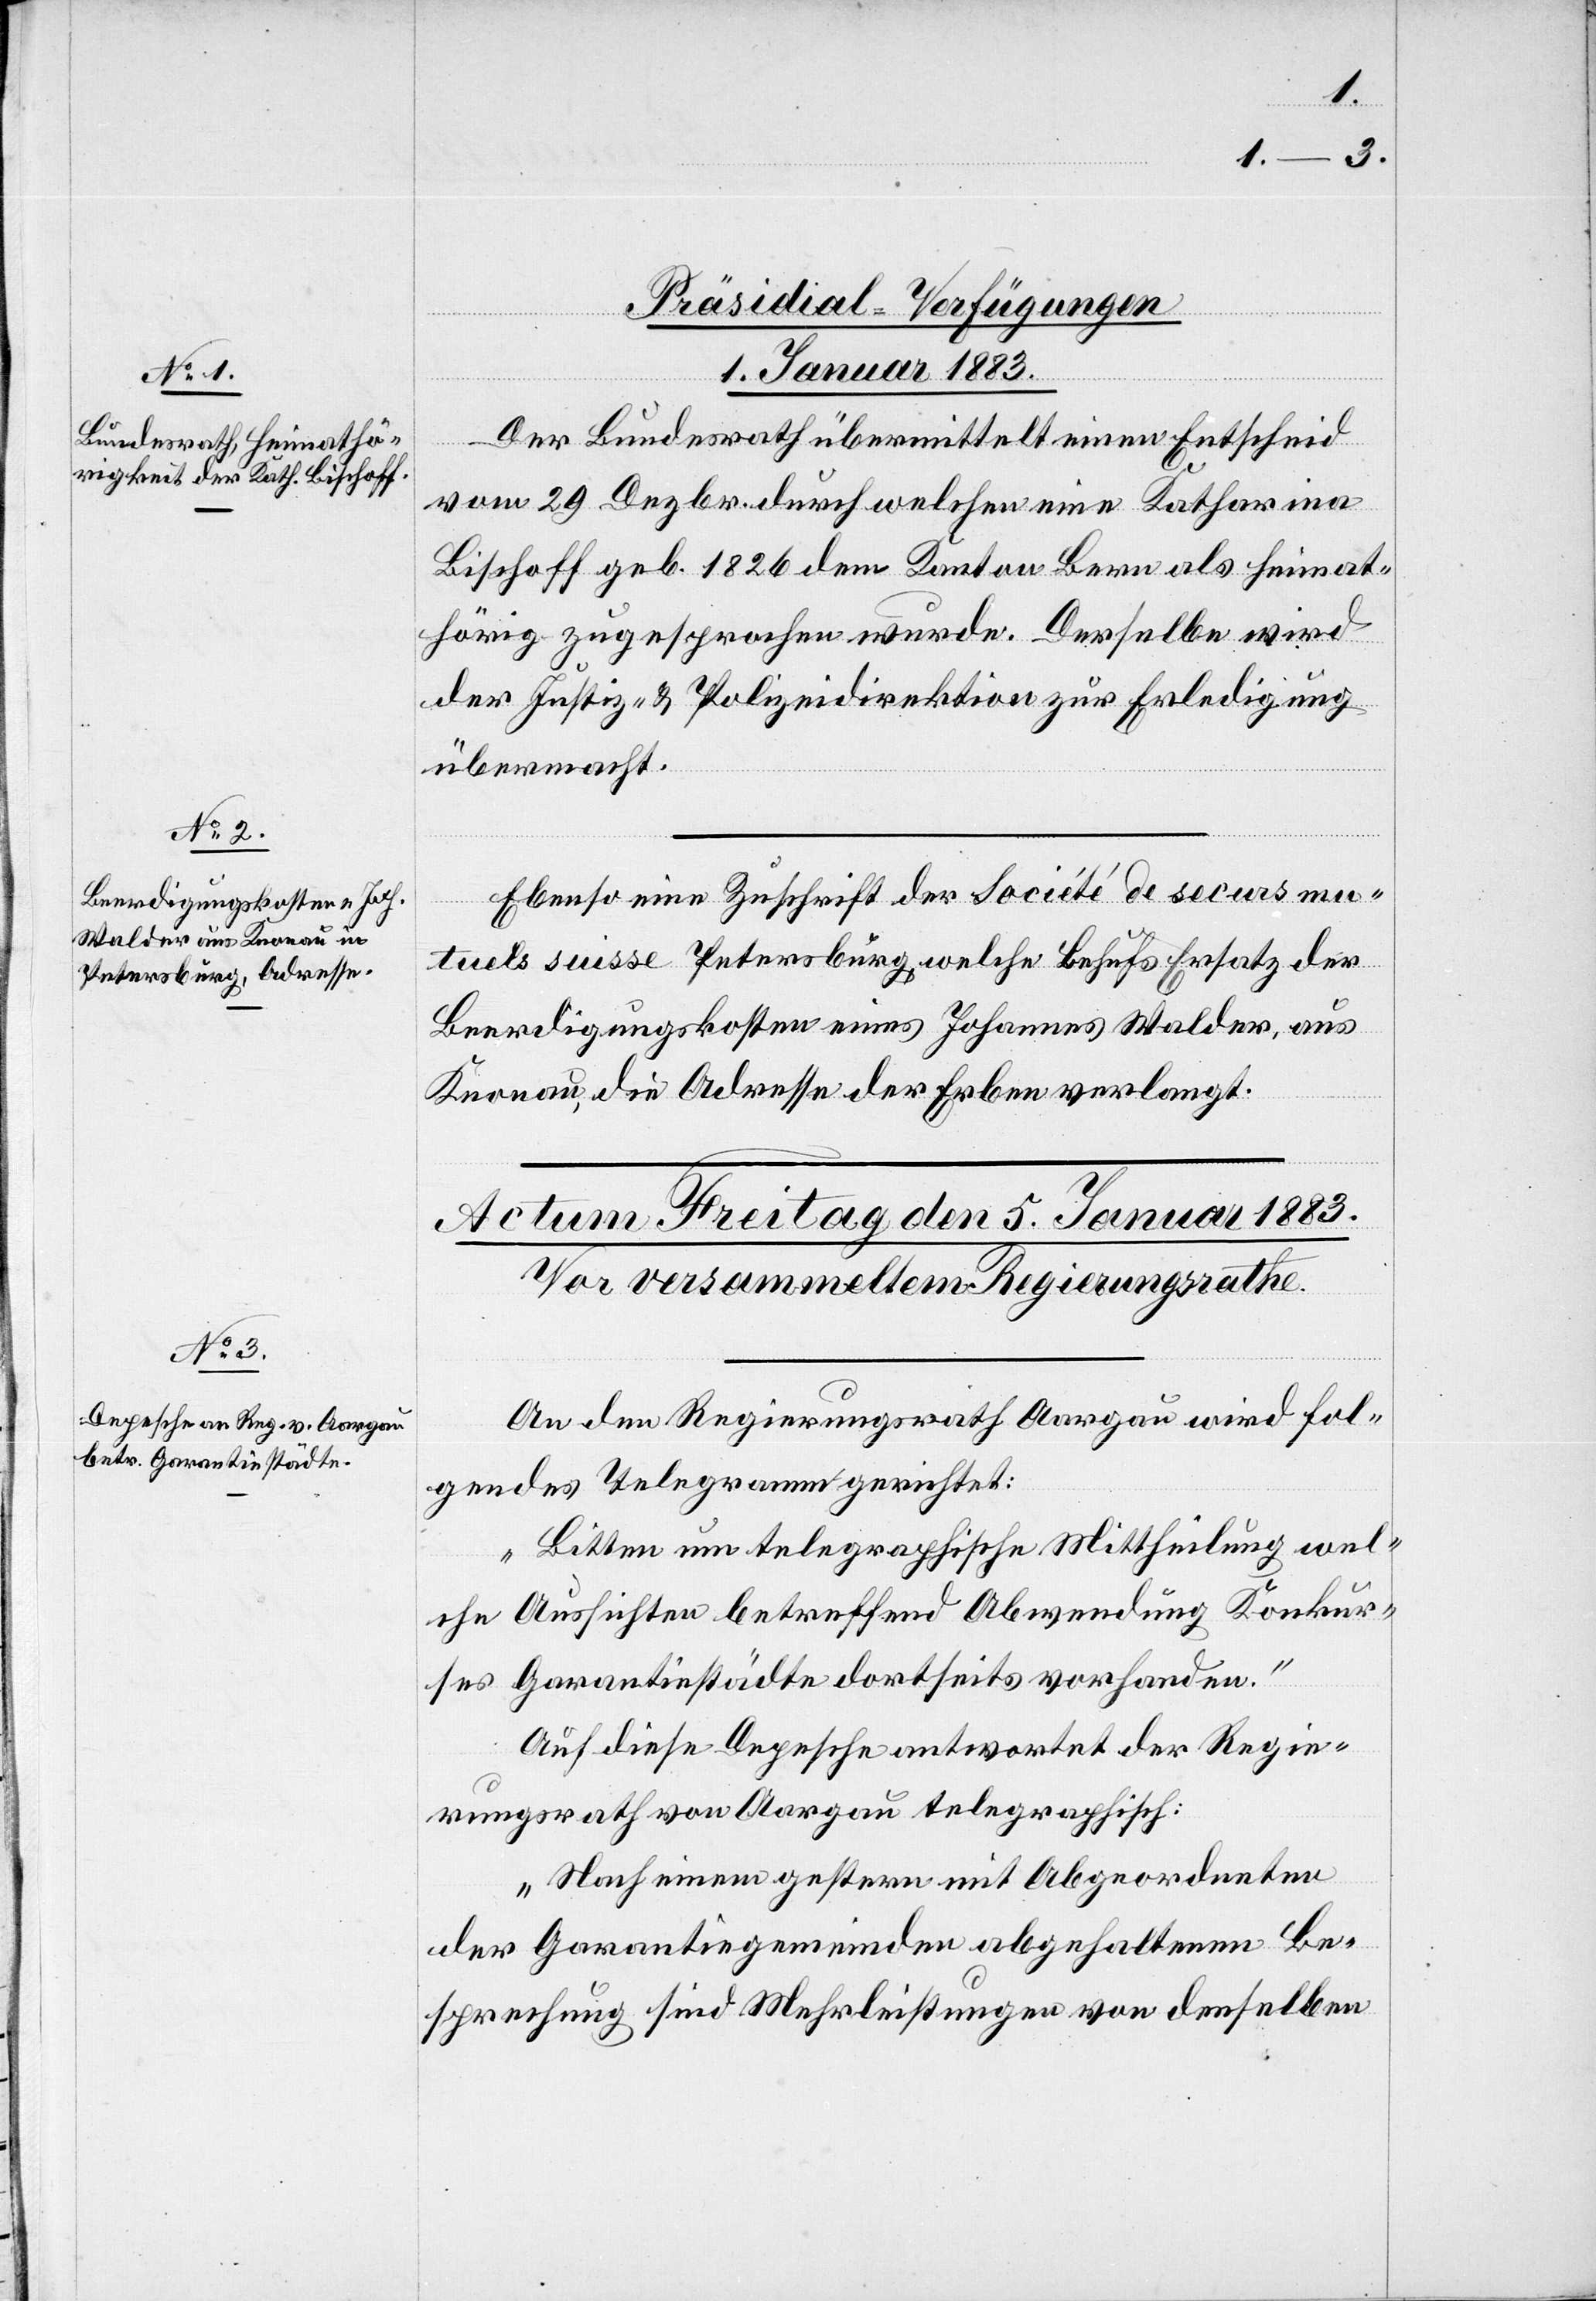
[Präsidial-Verfügungen
1. Januar 1883.]
Der Bundesrath übermittelt einen Entscheid
vom 29 Dezbr. durch welchen Katharina
Bischoff geb. 1826 dem Kanton Bern als heimat¬
hörig zugesprochen wurde. Derselbe wird
der Justiz- & Polizeidirektion zur Erledigung
übermacht.
Ebenso eine Zuschrift der Société de securs mu¬
tuels suisse Petersburg, welche behufs Ersatz der
Beerdigungskosten eines Johannes Walder, aus
Knonau die Adresse der Erben verlangt.
An den Regierungsrath Aargau wird fol¬
gendes Telegramm gerichtet:
„Bitten um telegraphische Mittheilung wel¬
che Aussichten betreffend Abwendung Konkur¬
ses Garantiestädte dortseits vorhanden.“
Auf diese Depesche antwortet der Regie¬
rungsrath von Aargau telegraphisch:
„Nach einem gestern mit Abgeordneten
der Garantiegemeinden abgehaltenen Be¬
sprechung sind Mehrleistungen von denselben